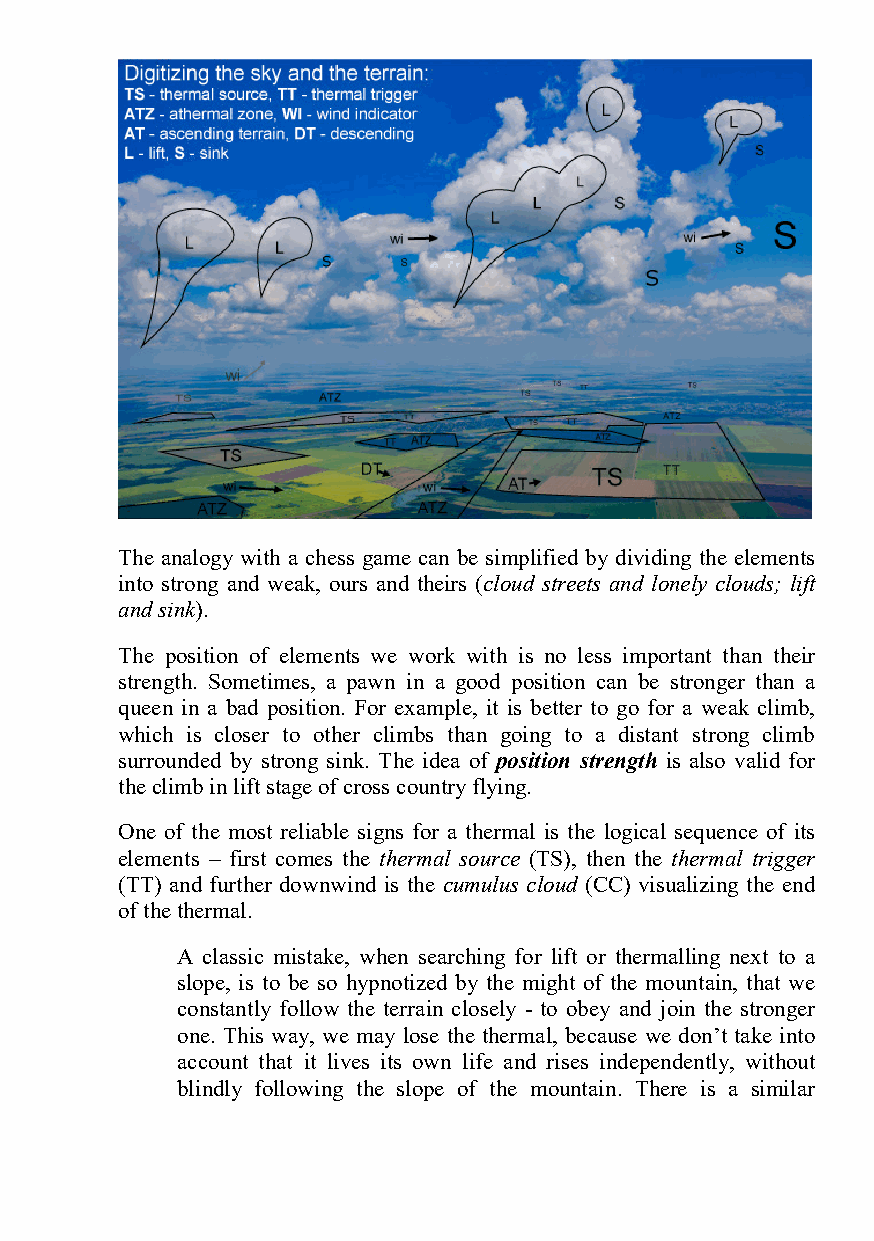
The analogy with a chess game can be simplified by dividing the elements
 into strong and weak, ours and theirs (cloud streets and lonely clouds; lift
 and sink).
 The position of elements we work with is no less important than their
 strength. Sometimes, a pawn in a good position can be stronger than a
 queen in a bad position. For example, it is better to go for a weak climb,
 which is closer to other climbs than going to a distant strong climb
 surrounded by strong sink. The idea of position strength is also valid for
 the climb in lift stage of cross country flying.
 One of the most reliable signs for a thermal is the logical sequence of its
 elements – first comes the thermal source (TS), then the thermal trigger
 (TT) and further downwind is the cumulus cloud (CC) visualizing the end
 of the thermal.
 A classic mistake, when searching for lift or thermalling next to a
 slope, is to be so hypnotized by the might of the mountain, that we
 constantly follow the terrain closely - to obey and join the stronger
 one. This way, we may lose the thermal, because we don’t take into
 account that it lives its own life and rises independently, without
 blindly following the slope of the mountain. There is a similar